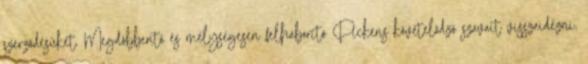
szerződésüket. Megdöbbentő és mélységesen felháborító Pickens követelődző szavait visszaidézni,